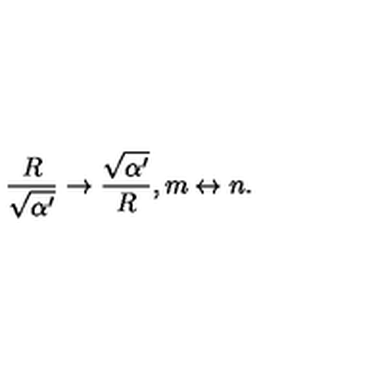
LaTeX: { \frac { R } { \sqrt { \alpha ^ { \prime } } } } \rightarrow { \frac { \sqrt { \alpha ^ { \prime } } } { R } } , m \leftrightarrow n .